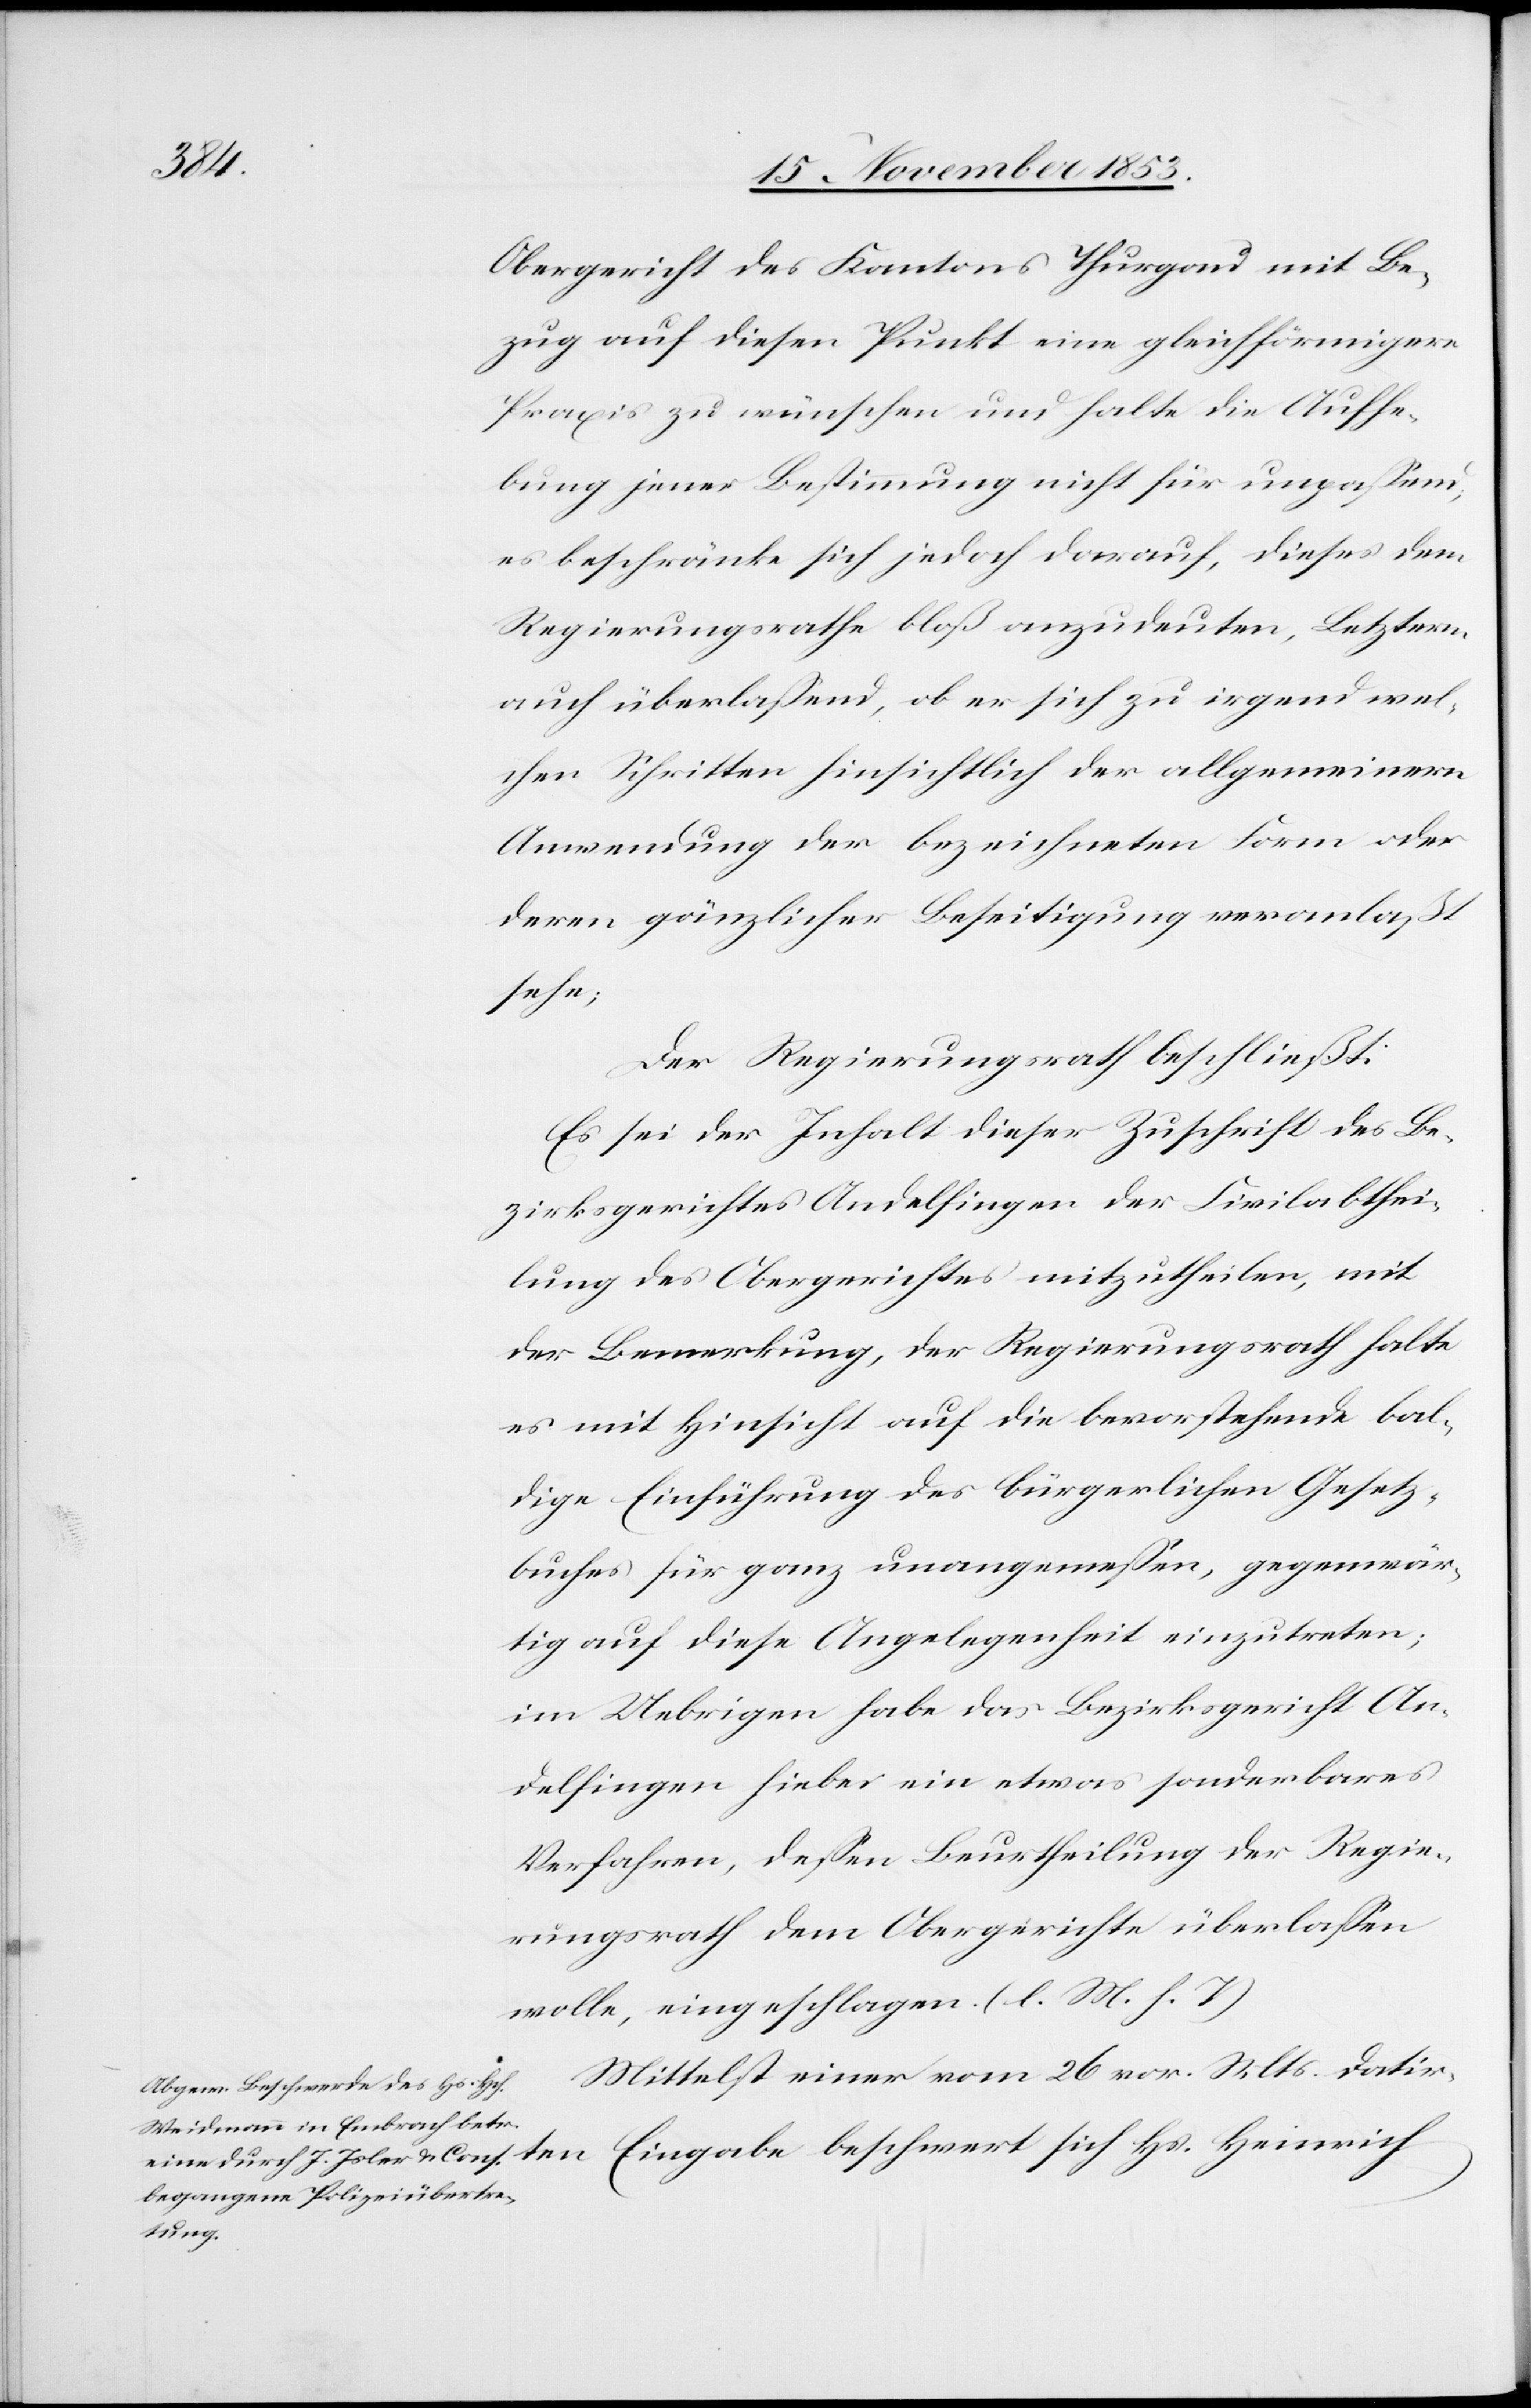
ten

Obergericht des Kantons Thurgau mit Be¬
zug auf diesen Punkt eine gleichförmigere
Praxis zu wünsche und halte die Aufhe¬
bung jener Bestimmung nicht unpaßend,
es beschränke sich jedoch darauf, dieses dem
Regierungsrathe bloß anzudeuten, Letztern
auch überlaßend, ob er sich zu irgend wel¬
chen Schritten hinsichtlich der allgemeinern
Anwendung der bezeichneten Form oder
deren gänzlicher Beseitigung veranlaßt
sehe;
Der Regierungsrath beschließt:
Es sei der Inhalt dieser Zuschrift des Be¬
zirksgerichtes Andelfingen der Civilabthei¬
lung des Obergerichtes mitzutheilen, mit
der Bemerkung, der Regierungsrath halte
es mit Hinsicht auf die bevorstehende bal¬
dige Einführung des bürgerlichen Gesetz¬
buches für ganz unangemeßen, gegenwär¬
tig auf diese Angelegenheit einzutreten;
im Uebrigen habe das Bezirksgericht An¬
delfingen hiebei ein etwas sonderbares
Verfahren, deßen Beurtheilung der Regie¬
rungsrath dem Obergerichte überlaßen
wolle, eingeschlagen. [l. M. h. T]
Mittelst einer vom 26 v. Mts. datir¬
Eingabe